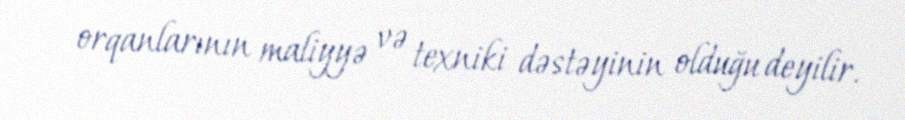
orqanlarının maliyyə və texniki dəstəyinin olduğu deyilir.